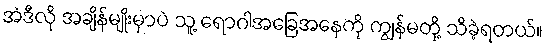
အဲဒီလို အချိန်မျိုးမှာပဲ သူ့ ရောဂါအခြေအနေကို ကျွန်မတို့ သိခဲ့ရတယ်။